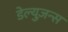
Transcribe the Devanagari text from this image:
डेल्युज़न्स